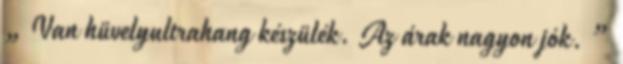
„ Van hüvelyultrahang készülék. Az árak nagyon jók. ”